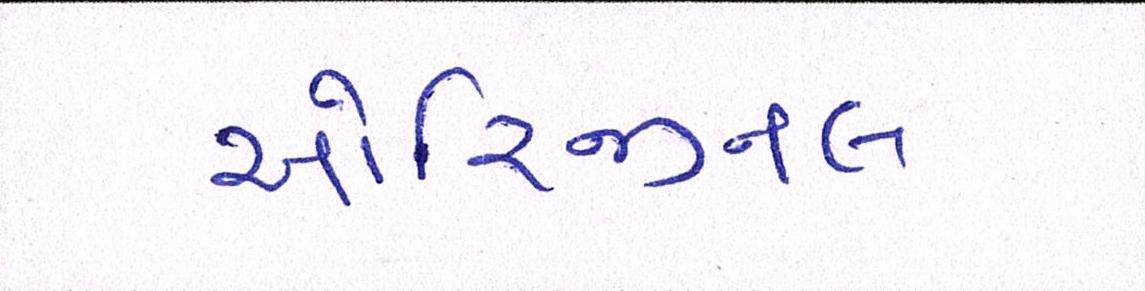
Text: ઓરિજીનલ